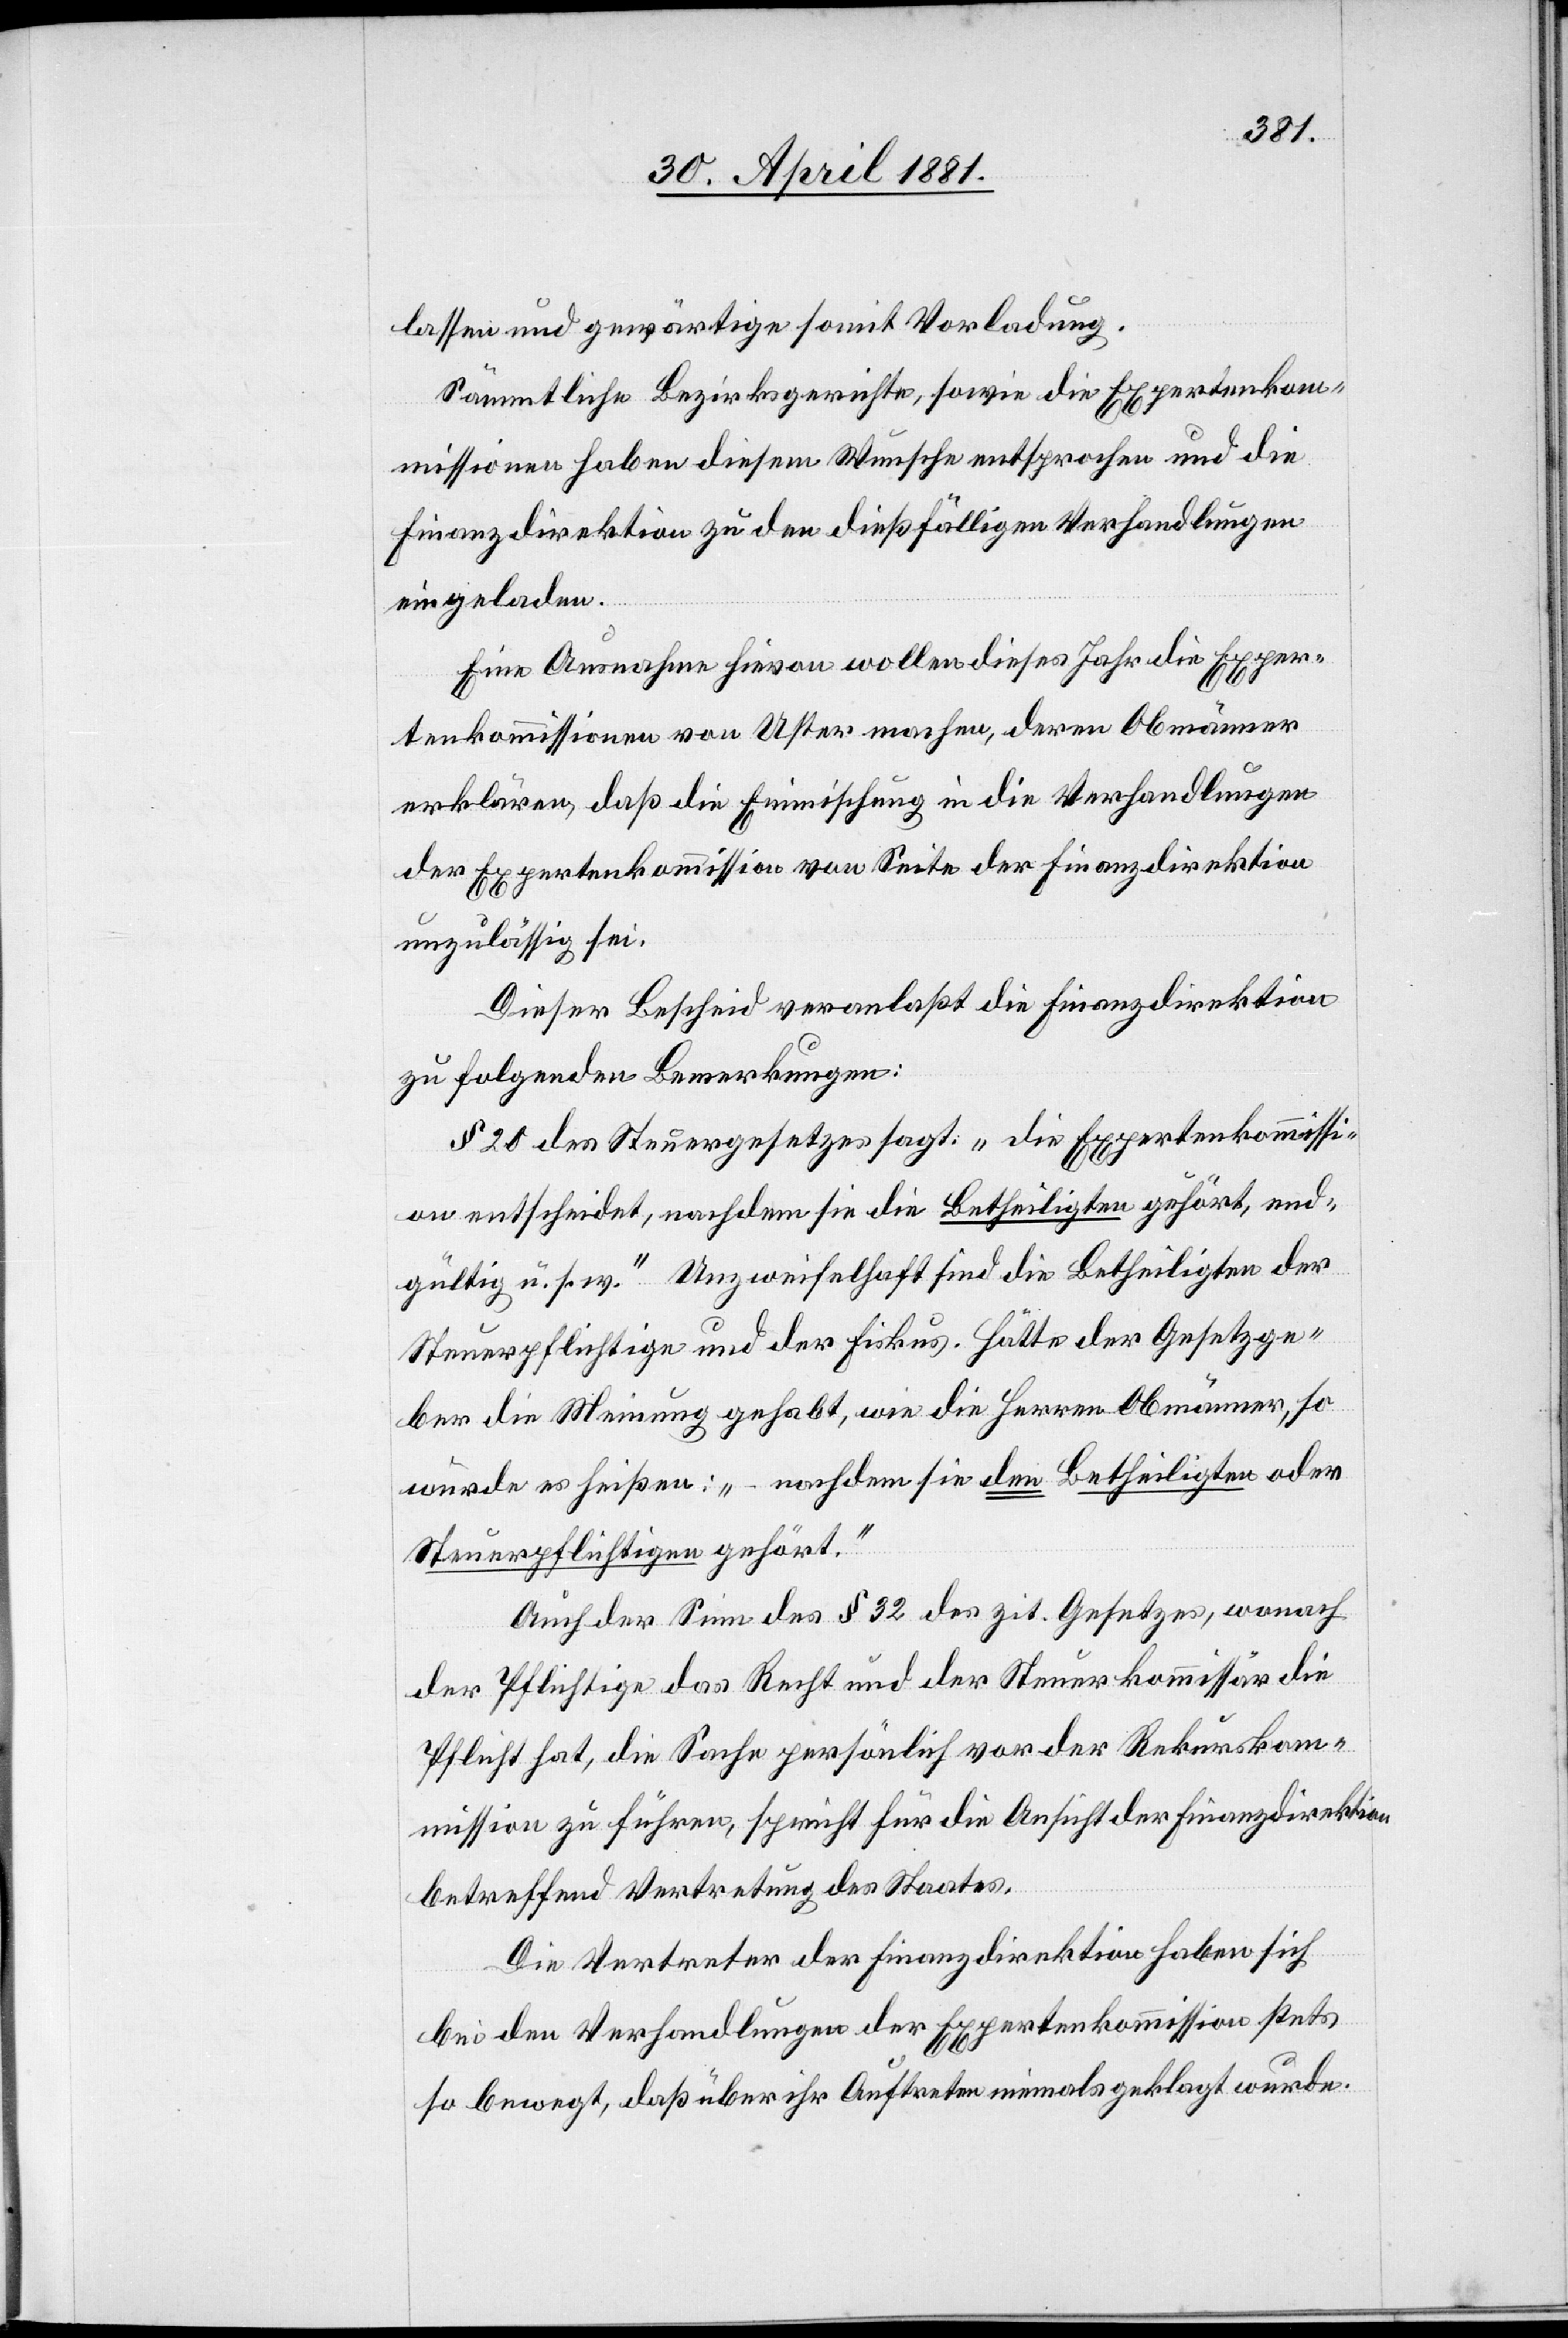
lassen und gewärtige somit Vorladung.
Sämmtliche Bezirksgerichte, sowie die Expertenkom¬
mission haben diesem Wunsche entsprochen und die
Finanzdirektion zu den dießfälligen Verhandlungen
eingeladen.
Eine Ausnahme hievon wollen dieses Jahr die Exper¬
tenkommission von Uster machen, deren Obmänner
erklären, daß die Einmischung in die Verhandlungen
der Expertenkommission von Seite der Finanzdirektion
unzulässig sei.
Dieser Bescheid veranlaßt die Finanzdirektion
zu folgenden Bemerkungen:
§ 25 des Steuergesetzes sagt: „die Expertenkommissi¬
on entscheidet, nachdem sie die Betheiligten oder S¬
teuerpflichtigen gehört.“
Auch der Sinn des § 32 des zit. Gesetzes, wonach
der Pflichtige das Recht und der Steuerkommissar die
Pflicht hat, die Sache persönlich vor der Rekurskom¬
mission zu führen, spricht für die Ansicht der Finanzdirektion
betreffend Vertretung des Staates.
Die Vertreter der Finanzdirektion haben sich
bei den Verhandlungen der Expertenkommission stets
so bewegt, daß über ihr Auftreten niemals geklagt wurde.